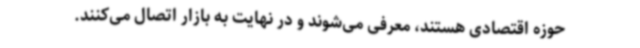
حوزه اقتصادی هستند، معرفی می‌شوند و در نهایت به بازار اتصال می‌کنند.